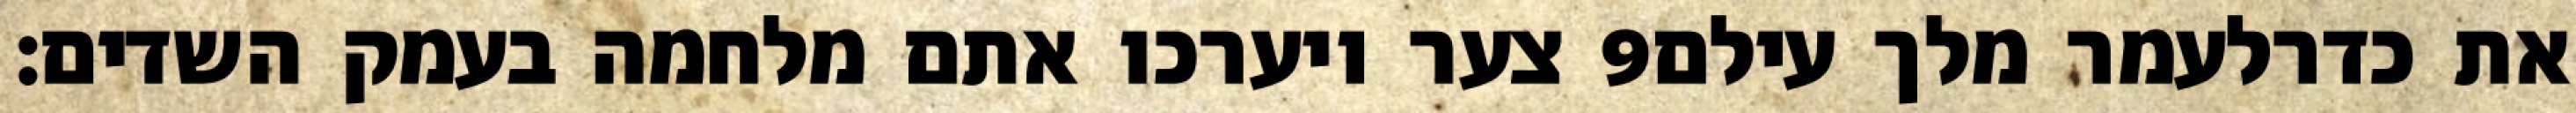
צער ויערכו אתם מלחמה בעמק השדים׃ ‎9‏ את כדרלעמר מלך עילם